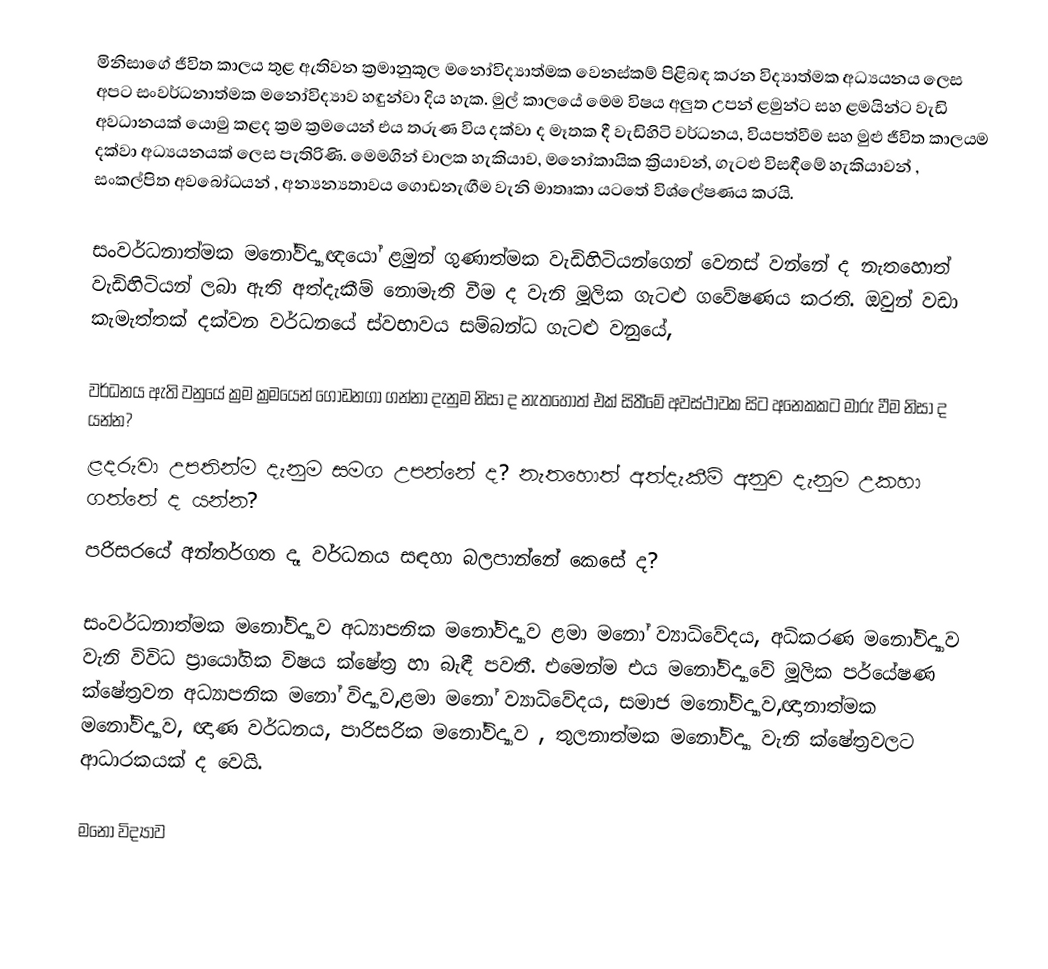
මිනිසාගේ ජීවිත කාලය තුළ ඇතිවන ක්‍රමානුකූල මනෝවිද්‍යාත්මක වෙනස්කම් පිළිබඳ කරන විද්‍යාත්මක අධ්‍යයනය ලෙස අපට සංවර්ධනාත්මක මනෝවිද්‍යාව හඳුන්වා දිය හැක. මුල් කාලයේ මෙම  විෂය අලුත උපන් ළමුන්ට සහ ළමයින්ට වැඩි අවධානයක් යොමු කළද ක්‍රම ක්‍රමයෙන් එය තරුණ විය දක්වා ද මෑතක දී වැඩිහිටි වර්ධනය, වියපත්වීම සහ මුළු ජීවිත කාලයම දක්වා අධ්‍යයනයක් ලෙස පැතිරිණි. මෙමගින් චාලක හැකියාව, මනෝකායික ක්‍රියාවන්, ගැටළු විසඳීමේ හැකියාවන් , සංකල්පිත අවබෝධයන් , අන්‍යන්‍යතාවය ගොඩනැඟීම වැනි මාතෘකා යටතේ විශ්ලේෂණය කරයි.

සංවර්ධනාත්මක මනෝවිද්‍යාඥයෝ ළමුන් ගුණාත්මක වැඩිහිටියන්ගෙන් වෙනස් වන්නේ ද නැතහොත් වැඩිහිටියන් ලබා ඇති අත්දැකීම් නොමැති වීම ද වැනි මූලික ගැටළු ගවේෂණය කරති. ඔවුන් වඩා කැමැත්තක් දක්වන වර්ධනයේ ස්වභාවය සම්බන්ධ ගැටළු වනුයේ,

වර්ධනය ඇති වනුයේ ක්‍රම ක්‍රමයෙන් ගොඩනගා ගන්නා දැනුම නිසා ද නැතහොත් එක් සිතීමේ අවස්ථාවක සිට අනෙකකට මාරු වීම නිසා ද යන්න?
ළදරුවා උපතින්ම දැනුම සමග උපන්නේ ද? නැතහොත් අත්දැකීම් අනුව දැනුම උකහා ගත්තේ ද යන්න?
පරිසරයේ අන්තර්ගත දෑ වර්ධනය සඳහා බලපාන්නේ කෙසේ ද?

සංවර්ධනාත්මක මනෝවිද්‍යාව අධ්‍යාපනික මනෝවිද්‍යාව ළමා මනෝ ව්‍යාධිවේදය, අධිකරණ මනෝවිද්‍යාව වැනි විවිධ ප්‍රායෝගික විෂය ක්ෂේත්‍ර හා බැඳී පවතී. එමෙන්ම එය මනෝවිද්‍යාවේ මූලික පර්යේෂණ ක්ෂේත්‍රවන අධ්‍යාපනික මනෝ විද්‍යාව,ළමා මනෝ ව්‍යාධිවේදය, සමාජ මනෝවිද්‍යාව,ඥානාත්මක මනෝවිද්‍යාව, ඥාණ වර්ධනය, පාරිසරික මනෝවිද්‍යාව , තුලනාත්මක මනෝවිද්‍යා වැනි ක්ෂේත්‍රවලට ආධාරකයක් ද වෙයි.

මනෝ විද්‍යාව